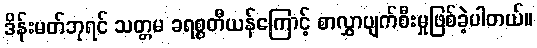
ဒိန်းမတ်ဘုရင် သတ္တမ ခရစ္စတီယန်ကြောင့် စာလွှာပျက်စီးမှုဖြစ်ခဲ့ပါတယ်။